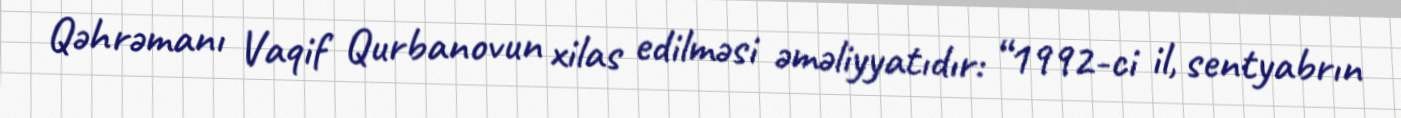
Qəhrəmanı Vaqif Qurbanovun xilas edilməsi əməliyyatıdır: “1992-ci il, sentyabrın